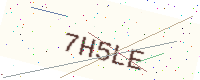
Text: 7H5LE